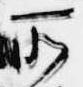
所